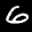
Label: 6